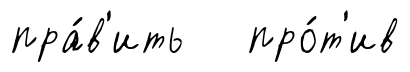
пра́в'ить про́т'ив